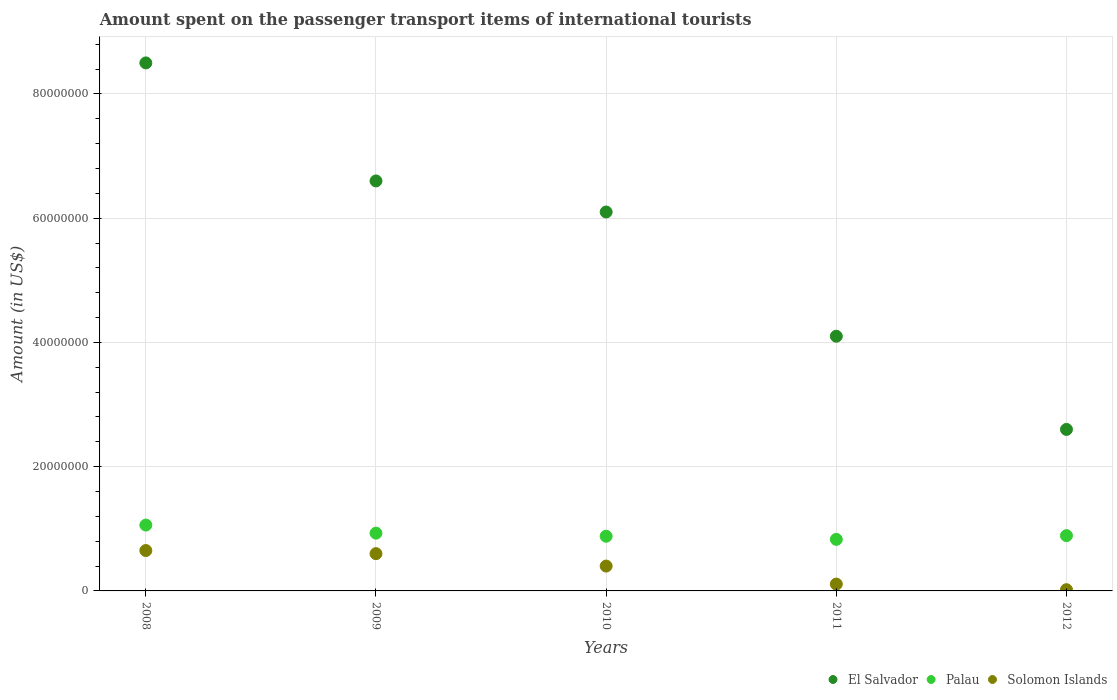
| Years | El Salvador | Palau | Solomon Islands |
 | --- | --- | --- | --- |
 | 2008 | 8.5e+07 | 1.06e+07 | 6.5e+06 |
 | 2009 | 6.6e+07 | 9.3e+06 | 6e+06 |
 | 2010 | 6.1e+07 | 8.8e+06 | 4e+06 |
 | 2011 | 4.1e+07 | 8.3e+06 | 1.1e+06 |
 | 2012 | 2.6e+07 | 8.9e+06 | 2e+05 |